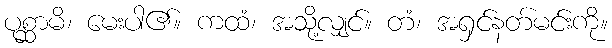
ပုစ္ဆာမိ၊ မေးပါ၏။ ကထံ၊ အသို့လျှင်။ တံ၊ အရှင်နတ်မင်းကို။